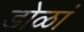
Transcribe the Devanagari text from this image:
डोळां